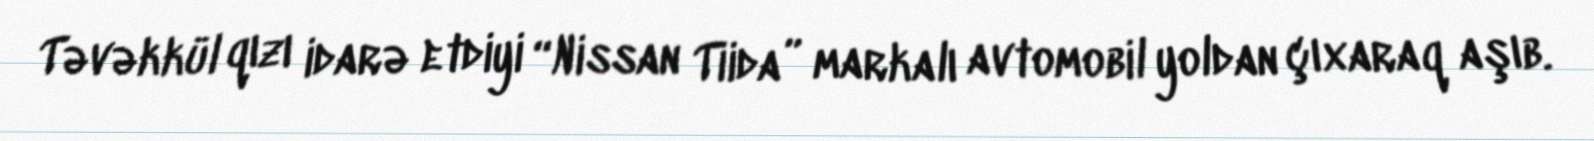
Təvəkkül qızı idarə etdiyi “Nissan Tiida” markalı avtomobil yoldan çıxaraq aşıb.